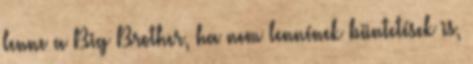
lenne a Big Brother, ha nem lennének büntetések is,